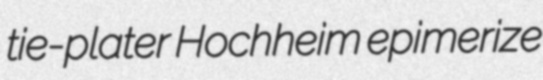
tie-plater Hochheim epimerize